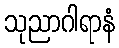
သုညာဂါရာနံ